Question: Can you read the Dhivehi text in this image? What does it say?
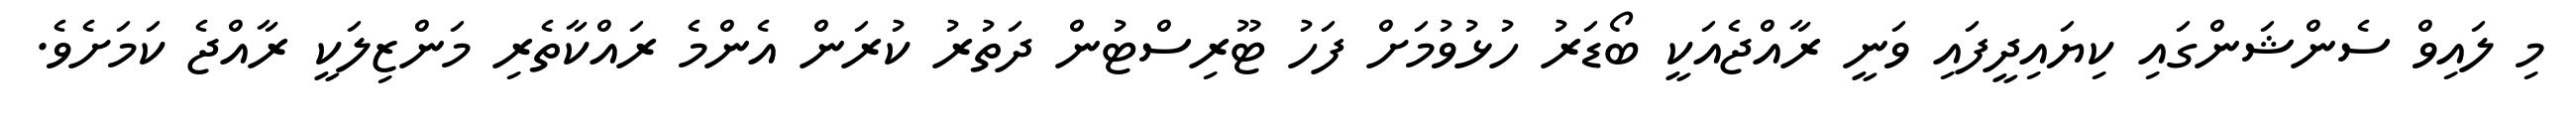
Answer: މި ލައިވް ސެންޝަންގައި ކިޔައިދީފައި ވަނީ ރާއްޖެއަކީ ބޯޑަރު ހުޅުވުމަށް ފަހު ޓޫރިސްޓުން ދަތުރު ކުރަން އެންމެ ރައްކާތެރި މަންޒިލަކީ ރާއްޖެ ކަމަށެވެ.